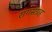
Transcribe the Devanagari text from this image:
रागसंग्रह